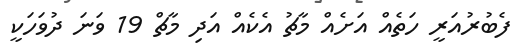
ފެބުރުއަރީ ހަތެއް އަށެއް މާޗު އެކެއް އަދި މާޗް 19 ވަނަ ދުވަހަކީ